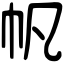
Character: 帆